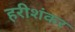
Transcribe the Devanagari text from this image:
हरीशंकर